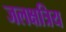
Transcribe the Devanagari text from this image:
जलक्षत्रिय